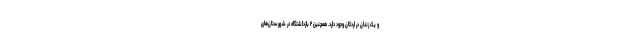
و یک زندان در اردکان وجود دارد. همچنین ۲ بازداشتگاه در شهرستان‌های